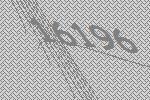
16196